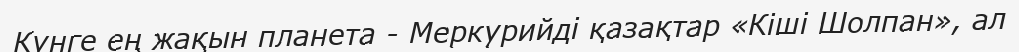
Күнге ең жақын планета - Меркурийді қазақтар «Кіші Шолпан», ал